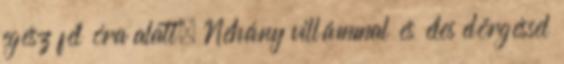
egész fél óra alatt. Néhány villámmal és éles dörgéssel